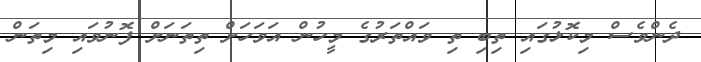
ދެންވެސް މިކޮޅުގައި ތިބި ތި ވައްތަރުގެ މީހުން އަވަހަށް ތިތަނަށް ފޮނުވައި މިތަން